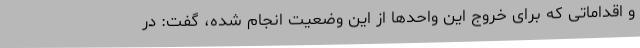
و اقداماتی که برای خروج این واحدها از این وضعیت انجام شده، گفت: در